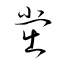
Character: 黨